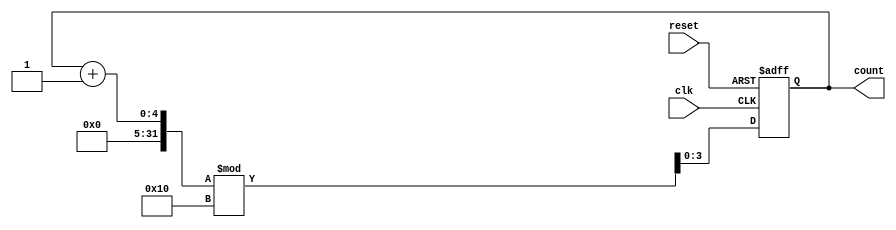
module binary_counter #(
    parameter N = 4  // Number of bits for the counter (2^N states)
)(
    input wire clk,        // Clock signal
    input wire reset,      // Asynchronous reset signal
    output reg [N-1:0] count // Current state/output of the counter
);

// Sequential logic for the counter
always @(posedge clk or posedge reset) begin
    if (reset) begin
        count <= 0; // Reset the counter to 0
    end else begin
        count <= (count + 1) % (1 << N); // Increment and wrap around
    end
end

endmodule